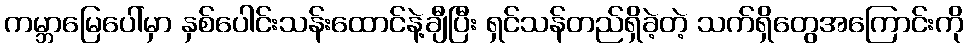
ကမ္ဘာမြေပေါ်မှာ နှစ်ပေါင်းသန်းထောင်နဲ့ချီပြီး ရှင်သန်တည်ရှိခဲ့တဲ့ သက်ရှိတွေအကြောင်းကို